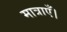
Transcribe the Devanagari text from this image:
मात्राएँ।